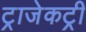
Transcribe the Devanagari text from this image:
ट्राजेकट्री